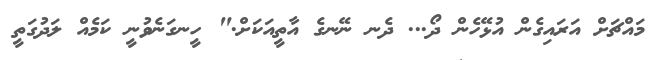
މައްޗަށް އަރައިގެން އުޅޭހެން ދޯ... ދެނ ނޭނގެ އާތީއަކަށް." ހީނގަނެވުނީ ކަމެއް ލަދުގަތީ